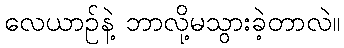
လေယာဉ်နဲ့ ဘာလို့မသွားခဲ့တာလဲ။